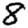
Digit: 8